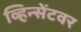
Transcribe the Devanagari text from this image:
व्हिन्सेंटवर